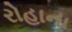
રોહાના